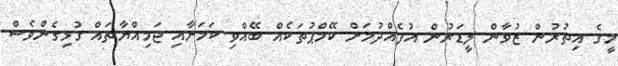
މީގެ އިތުރުން ޒުވާން ލީޑަރުން އުފެއްދުމަށް ކޭމްޕުތަކެއް ބޭއްވި ކަމަށާއި ޖަމިއްޔާތައް ގުޅިގެންވެސް